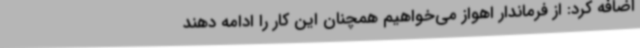
اضافه کرد: از فرماندار اهواز می‌خواهیم همچنان این کار را ادامه دهند